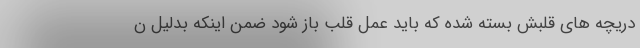
دریچه های قلبش بسته شده که باید عمل قلب باز شود ضمن اینکه بدلیل ن